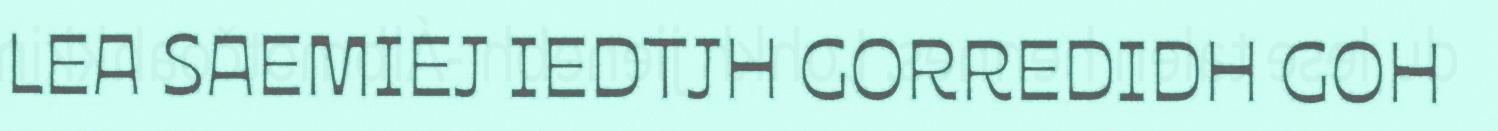
LEA SAEMIEJ IEDTJH GORREDIDH GOH